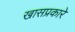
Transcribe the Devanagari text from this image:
खासप्रकारे